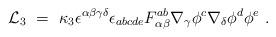
LaTeX: \begin{align*}{\cal L}_3 ~=~\kappa_3 \epsilon^{\alpha\beta\gamma\delta} \epsilon_{abcde}F^{ab}_{\alpha \beta} \nabla_\gamma \phi^c \nabla_\delta \phi^d \phi^e~.\end{align*}